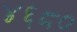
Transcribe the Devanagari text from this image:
४६८०